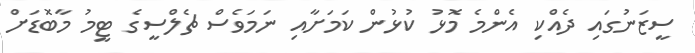
ސީޒަނުގައި ދެއްކި އެންމެ މޮޅު ކުޅުން ކަމަށާއި ނަމަވެސް ޗެލްސީގެ ޓީމު މާބޮޑަށް